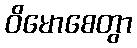
ဝိမောစေတွာ